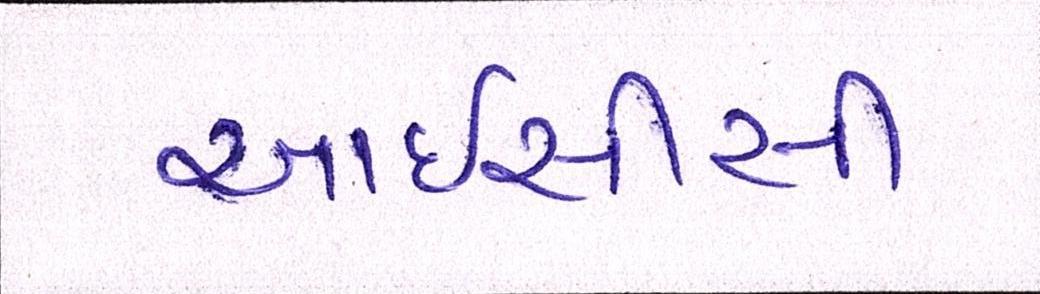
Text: આઇસીસી